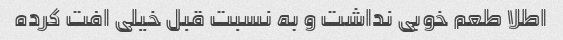
اطلا طعم خوبی نداشت و به نسبت قبل خیلی افت کرده